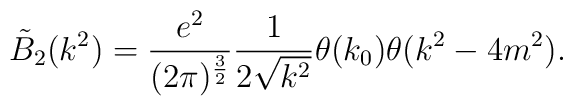
\tilde{B}_2(k^2)= \frac{e^2}{(2\pi)^{\frac{3}{2}}}\frac{1}{2\sqrt{k^2}}\theta (k_0)\theta (k^2-4m^2).